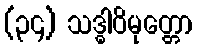
(၃၄) သဒ္ဓါဝိမုတ္တော